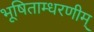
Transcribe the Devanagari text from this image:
भूषिताम्धरणीम्